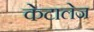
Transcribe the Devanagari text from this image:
केटालेज